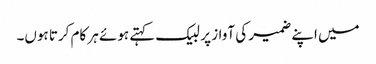
میں اپنے ضمیر کی آواز پر لبیک کہتے ہوئے ہر کام کرتا ہوں۔